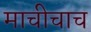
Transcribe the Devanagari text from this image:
माचीचाच